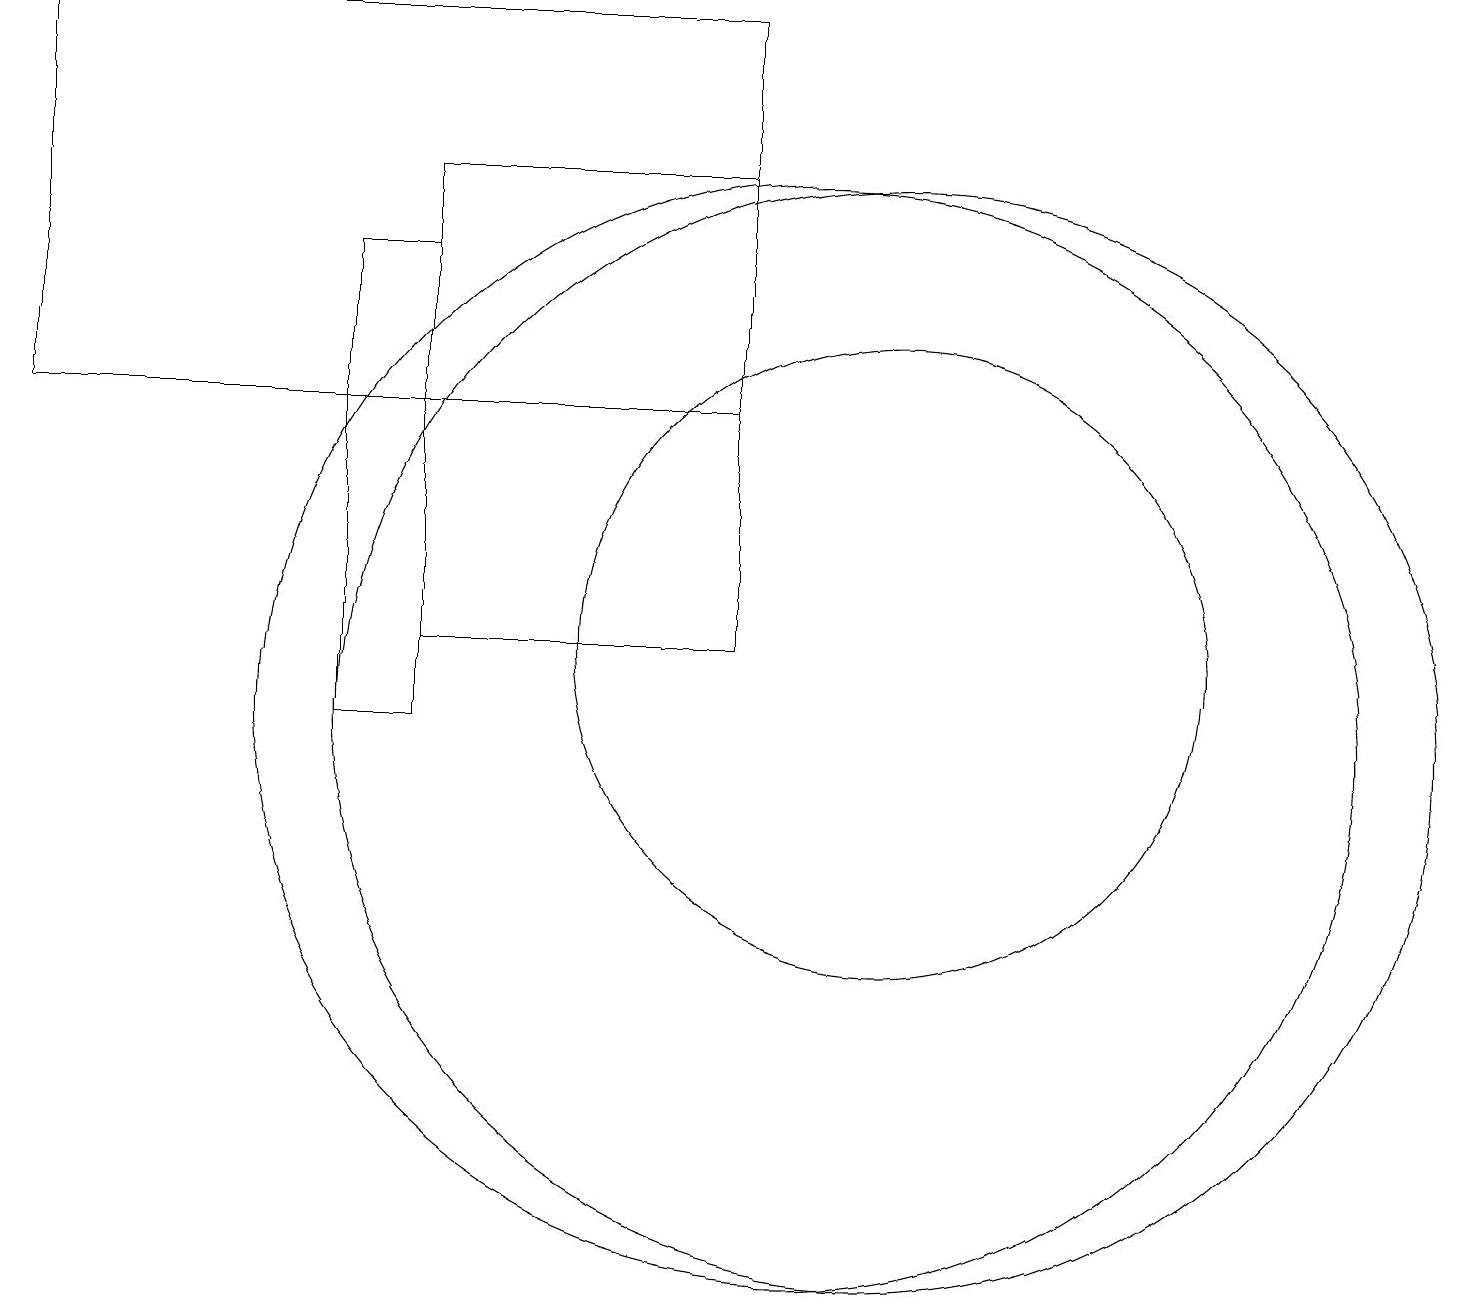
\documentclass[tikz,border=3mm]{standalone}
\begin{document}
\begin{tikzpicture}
\draw (11,11) circle (4);
\draw (5,11) rectangle (9,17);
\draw (5,10) rectangle (4,16);
\draw (11,10) circle (7);
\draw (10,10) circle (7);
\draw (9,14) rectangle (0,19);
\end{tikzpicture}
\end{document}